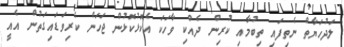
ލަދުހަޔާތް ނެތިފައި ތިބުމާއި ކުރިން ދެއްކި ވާހަކަ އެކޮޅުކޮޅުން ޖަހަން ކެރިވަޑައިގަތުން އެއީ